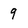
Character: q